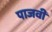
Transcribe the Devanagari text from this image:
पाजवी